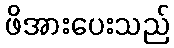
ဖိအားပေးသည်